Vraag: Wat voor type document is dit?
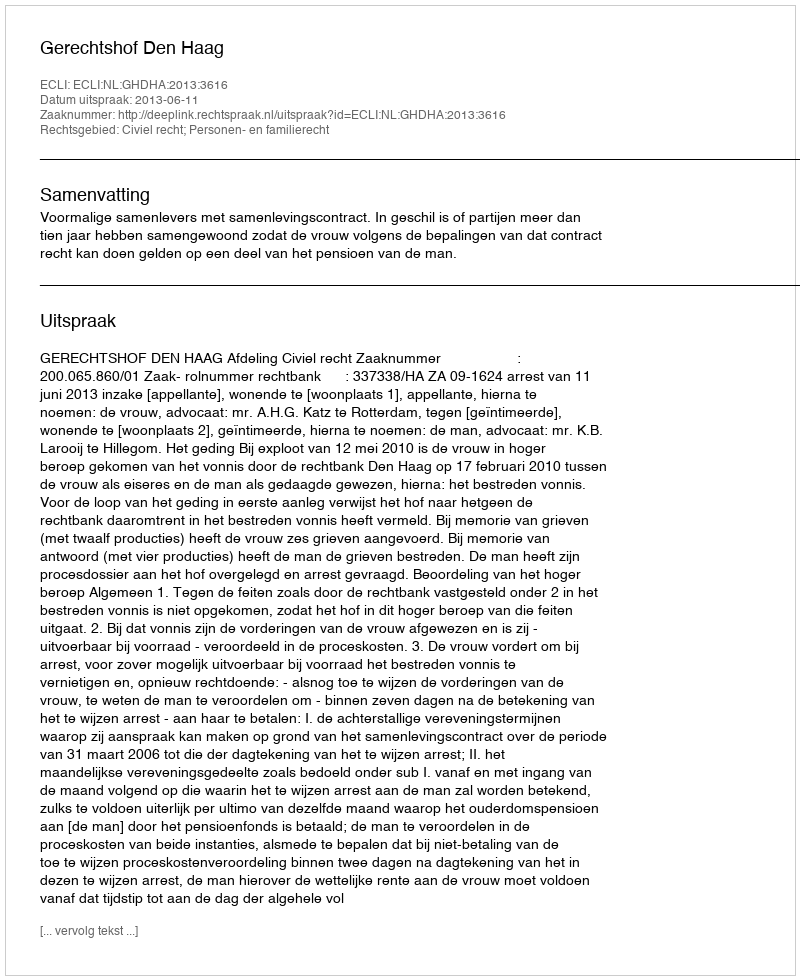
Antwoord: Uitspraak